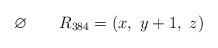
LaTeX: \begin{align*}\varnothing\quad\quad\begin{aligned}R_{384} &=( x,\ y+1,\ z) \end{aligned}\end{align*}